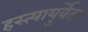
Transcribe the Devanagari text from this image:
हस्त्यायुर्वेद।